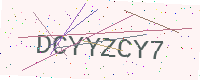
Text: DCYYZCY7